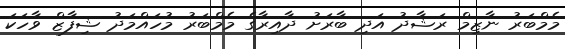
މެމްބަރު ނާޒިމް ރަޝާދު އަދި ބާރަށު ދާއިރާގެ މެމްބަރު މުހައްމަދު ޝިފާޒް ވާހަކަ